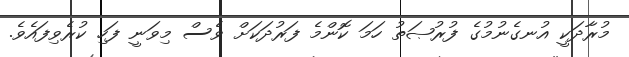
މުރާދަކީ އުނގެނުމުގެ ފުރުޞަތު ހަމަ ކޮންމެ ފަރުދަކަށް ވެސް މިވަނީ ފަހި ކުރެވިފައެވެ.